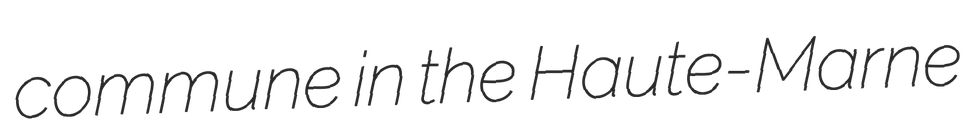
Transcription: commune in the Haute-Marne